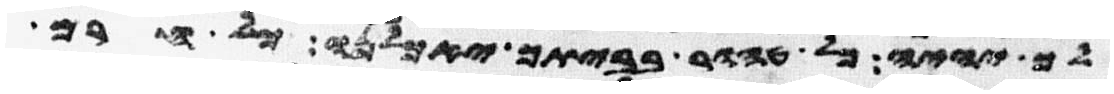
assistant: לך יהיה כל טהור בביתך יאכלנו כל חרם